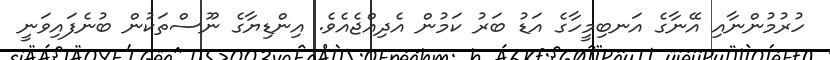
ހުރުމުންނާއި އޭނާގެ އަނބިމީހާގެ އަޑު ބަރު ކަމުން އެދިއްޖެއެވެ. އިންޑިޔާގެ ނޫސްތަކުން ބުނެފައިވަނީ